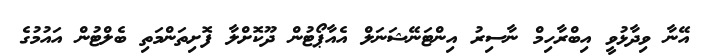
އޭނާ ވިދާޅުވީ އިބްރާހިމް ނާސިރު އިންޓަނޭޝަނަލް އެއާޕޯޓުން ދޫކޮށްލާ ފޮށިތަންމަތި ބެލްޓުން އައުމުގެ